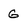
Character: g